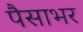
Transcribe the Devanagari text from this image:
पैसाभर